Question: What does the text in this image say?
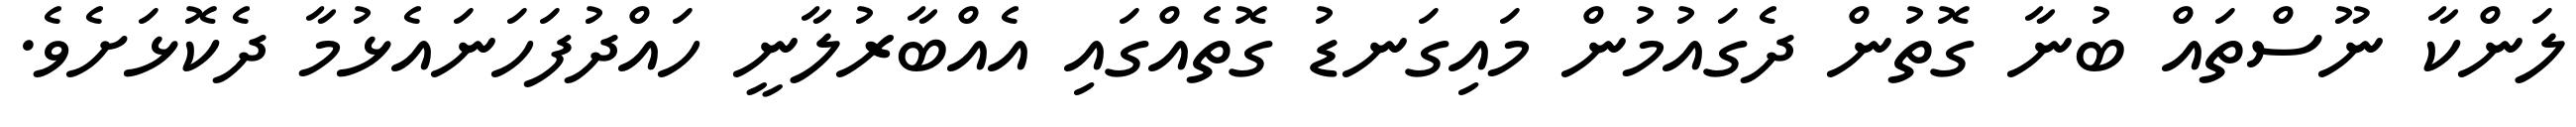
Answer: ލަންކާ ނޫސްތައް ބުނާ ގޮތުން ދެގައުމުން މައިގަނޑު ގޮތެއްގައި އެއްބާރުލާނީ ހައްދުފަހަނައެޅުމާ ދެކޮޅަށެވެ.